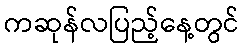
ကဆုန်လပြည့်နေ့တွင်